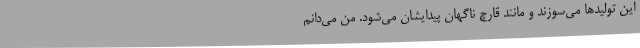
این تولیدها می‌سوزند و مانند قارچ ناگهان پیدایشان می‌شود. من می‌دانم